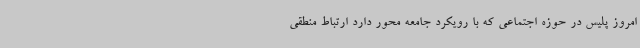
امروز پلیس در حوزه اجتماعی که با رویکرد جامعه محور دارد ارتباط منطقی